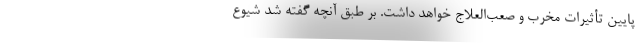
پایین تأثیرات مخرب و صعب‌العلاج خواهد داشت. بر طبق آنچه گفته شد شیوع